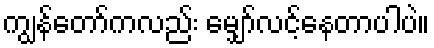
ကျွန်တော်ကလည်း မျှော်လင့်နေတာပါပဲ။